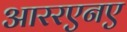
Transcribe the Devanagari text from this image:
आररएनए